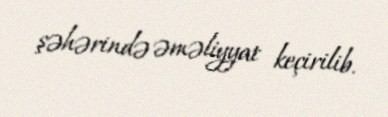
şəhərində əməliyyat keçirilib.